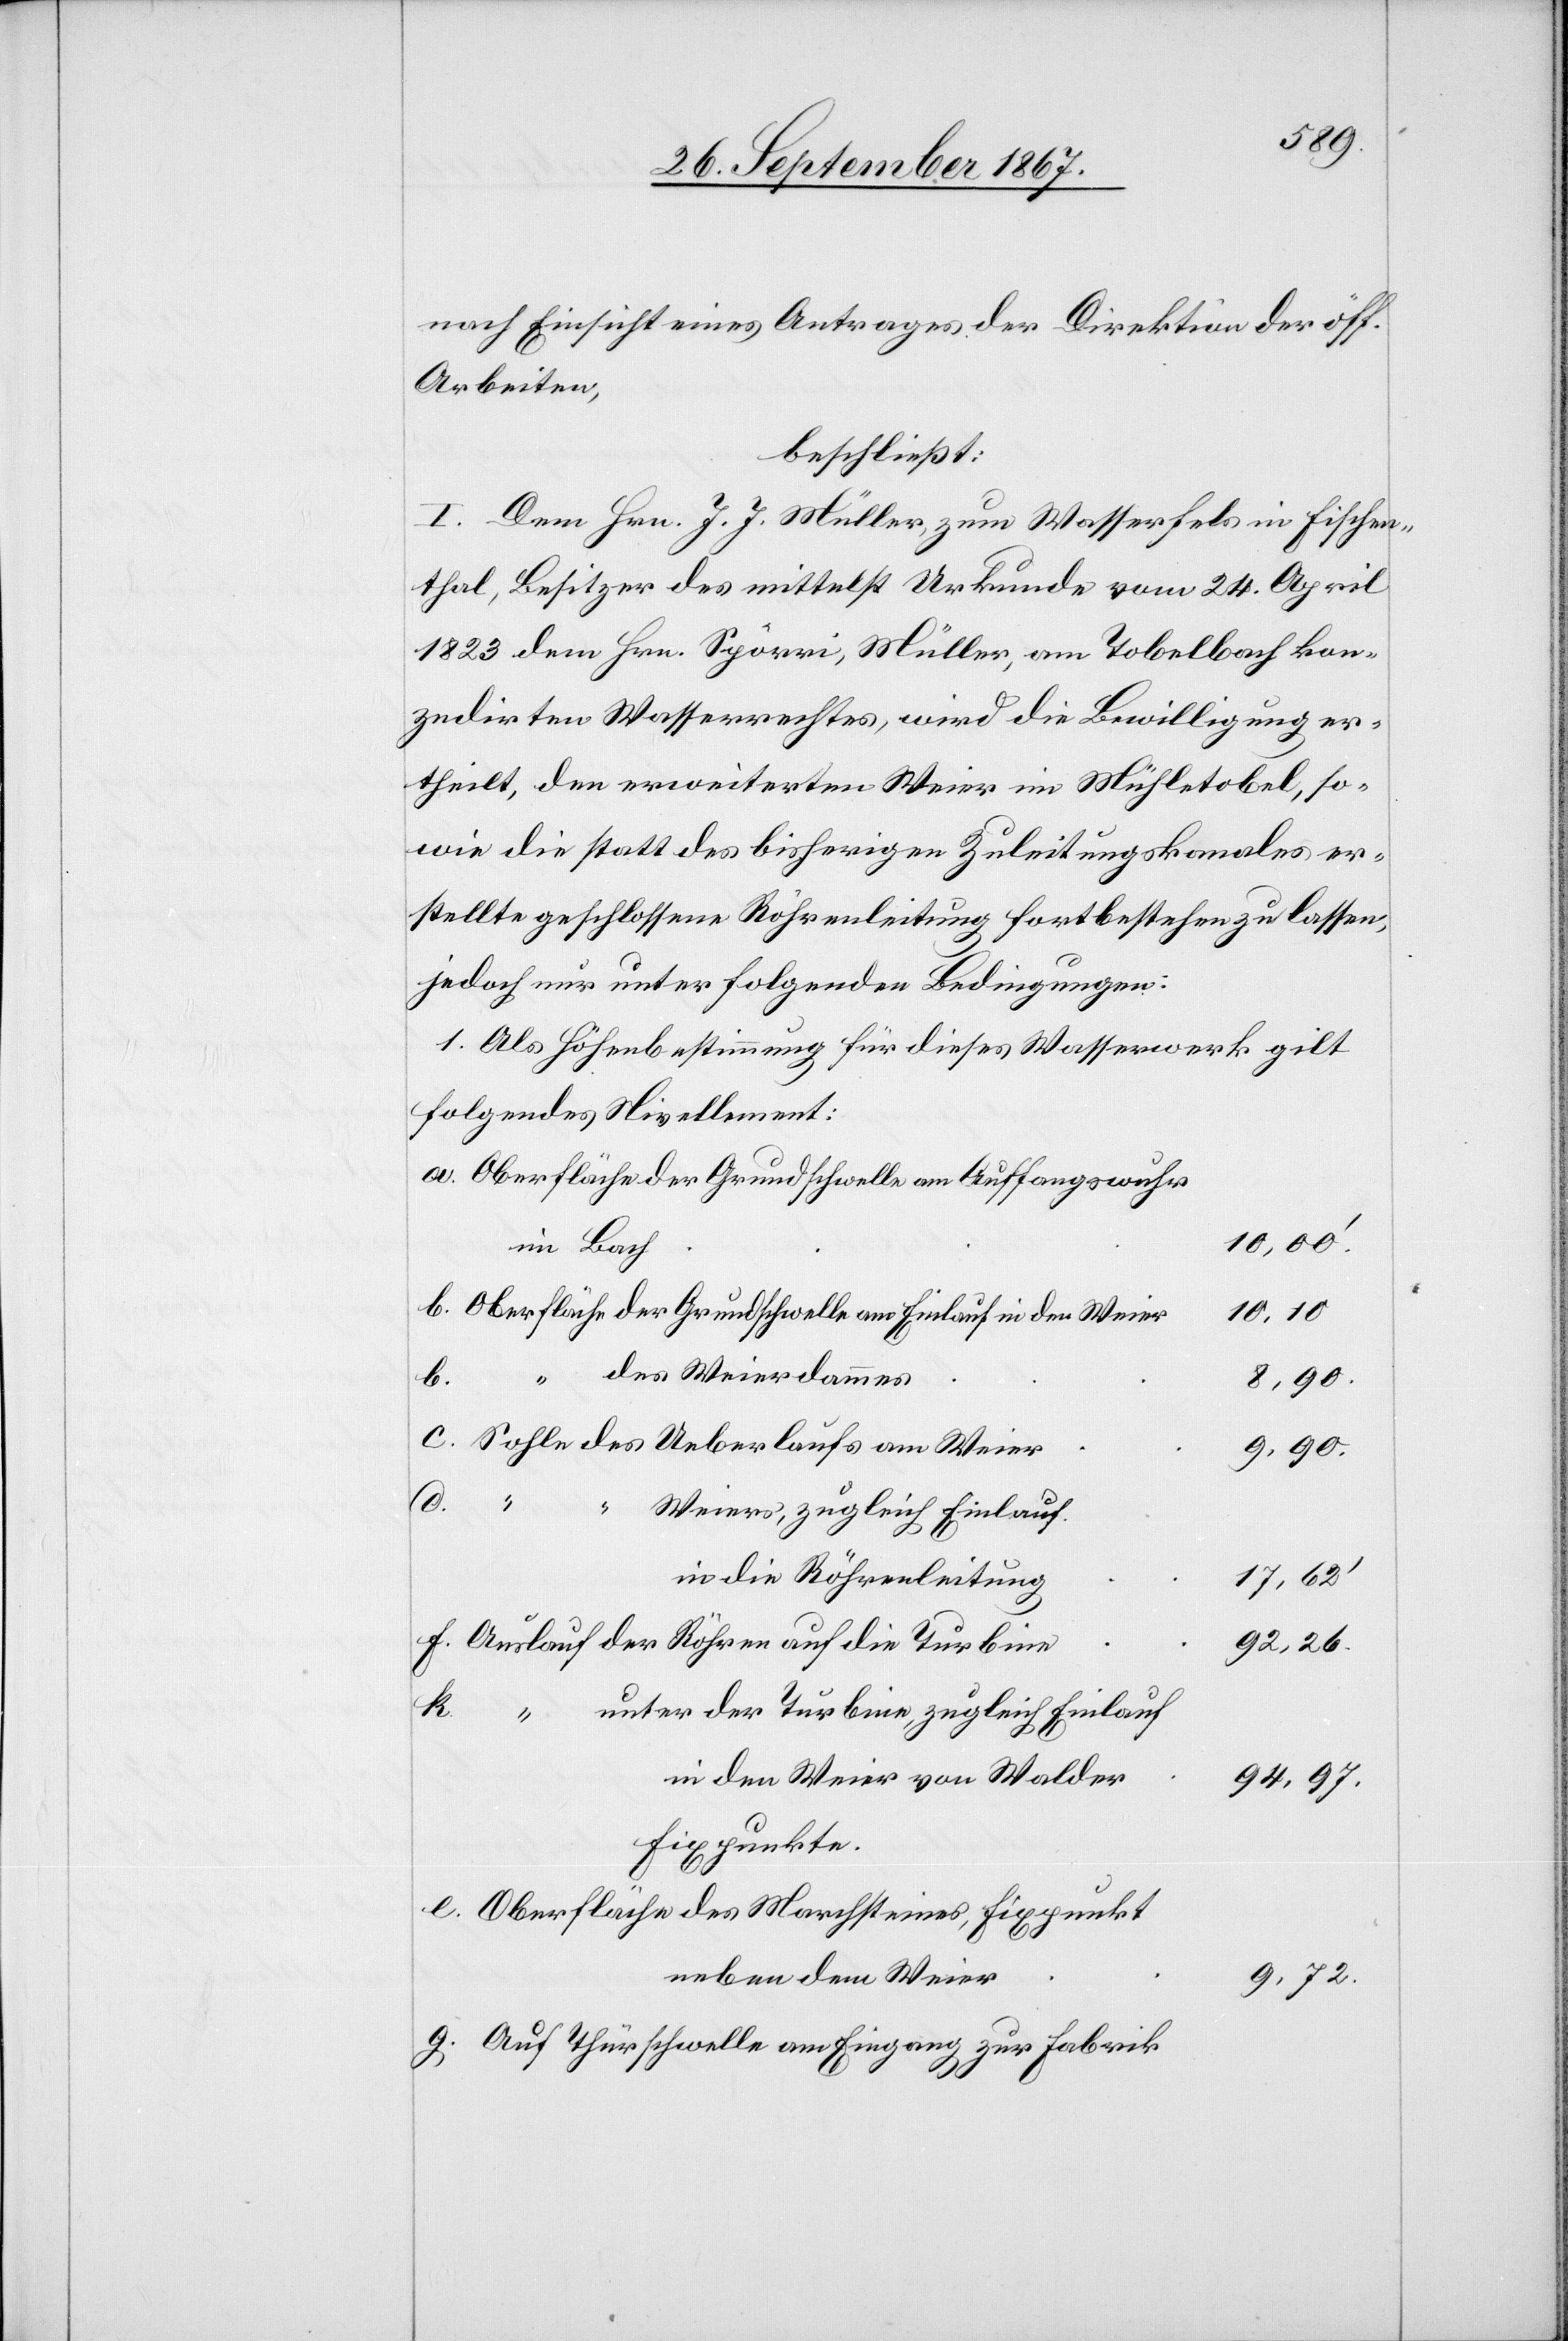
“

9.90
nach Einsicht eines Antrages der Direktion der öff.
Arbeiten,
beschließt:
I. Dem Hrn. J. J. Müller zum Wasserfels in Fischen¬
thal, Besitzer des mittelst Urkunde vom 24. April
1823 dem Hrn. Spörri, Müller, am Tobelbach kon¬
zedirten Wasserrechtes, wird die Bewilligung er¬
theilt, den erweiterten Weier im Mühletobel, so¬
wie die statt des bisherigen Zuleitungskanales er¬
stellte geschlossene Röhrenleitung fortbestehen zu lassen,
jedoch nur unter folgenden Bedingungen:
1. Als Höhenbestimmung für dieses Wasserwerk gilt
folgendes Nivellement:
Oberfläche der Grundschwelle am Auffangswuhr
10,00‘
im Bach
Oberfläche der Grundschwelle am Einlauf in den Weier
10,10
des Weierdammes
k.
e.
Sohle des Ueberlaufs am Weier
Weiers, zugleich Einlauf
in die Röhrenleitung
17,62‘
Auslauf der Röhren auf die Turbine
92,26.
unter der Turbine, zugleich Einlauf
in den Weier von Walder
94,97.
Oberfläche des Marchsteines, Fixpunkt
neben dem Weier
9,72.
Auf Thürschwelle am Eingang zur Fabrik